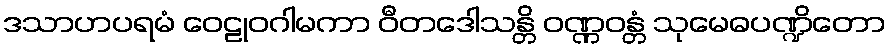
ဒသာဟပရမံ ဝေဠုဝဂါမကာ ဝီတဒေါသန္တိ ဝဏ္ဏဝန္တံ သုမေဓပဏ္ဍိတော